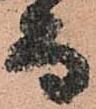
而